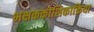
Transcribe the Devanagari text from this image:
भक्षककोशिकाक्रिया